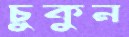
চুকুন